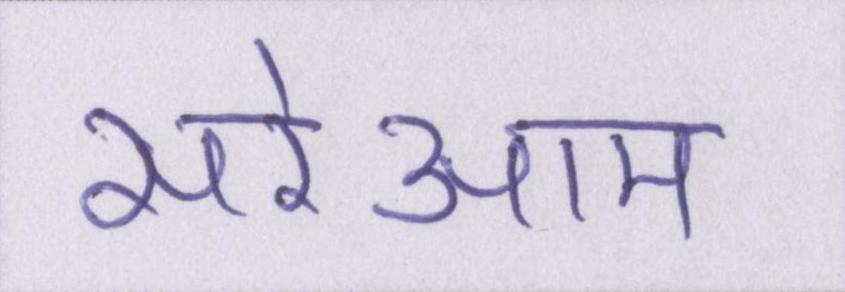
सरेआम